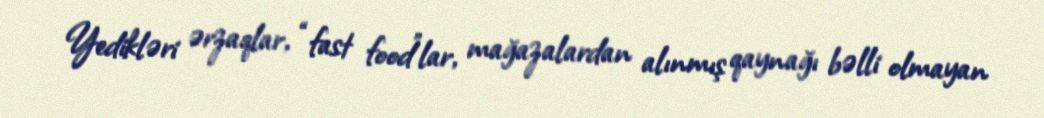
Yedikləri ərzaqlar, “fast food”lar, mağazalardan alınmış qaynağı bəlli olmayan